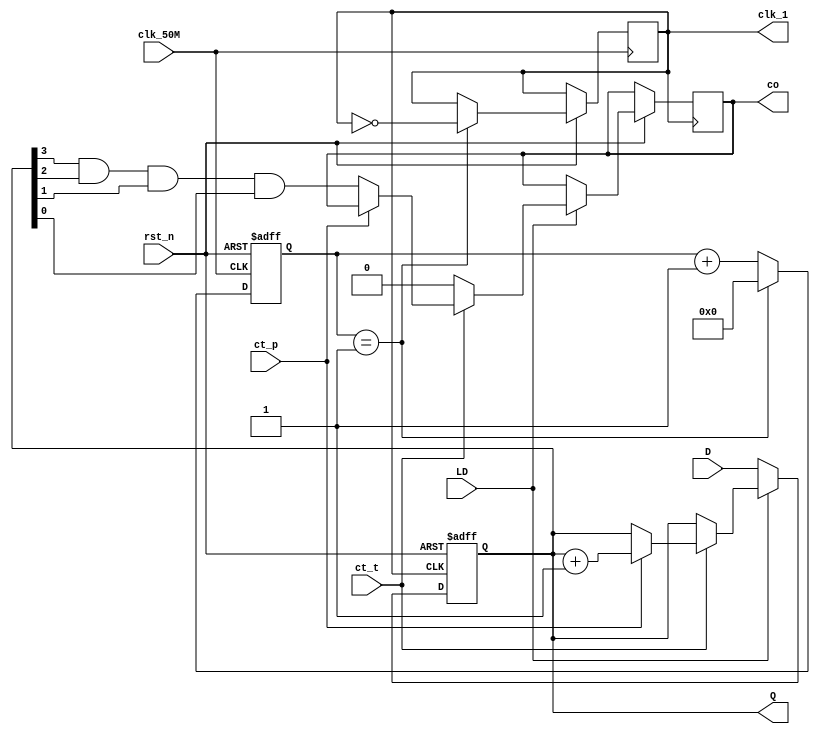
`timescale 1ns / 1ps
//////////////////////////////////////////////////////////////////////////////////
// Company: 
// Engineer: 
// 
// Design Name: 
// Module Name:    count 
// Project Name: 
// Target Devices: 
// Tool versions: 
// Description: 
//
// Dependencies: 
//
// Revision: 
// Revision 0.01 - File Created
// Additional Comments: 
//
//////////////////////////////////////////////////////////////////////////////////
module count(clk_50M, clk_1, rst_n, LD, ct_t, ct_p, D, co, Q
    );
	 input clk_50M, rst_n;//clk_50M50Mhz
	 input LD;//LD0LD1
	 input ct_t, ct_p;//0
	 input [3:0] D;//
	 output reg clk_1 = 0;//1hz
	 output reg [3:0] Q = 4'b0000;//
	 output reg co = 0;//
	 
	 reg [25:0] cnt;
	 
	 parameter TIME = 26'd2;
	 
	 always @(posedge clk_50M or negedge rst_n)//50Mhz1hz
	 begin
		if(!rst_n)
			cnt <= 0;
		else if(cnt == TIME - 1'b1)
		begin
			cnt <= 0;
			clk_1 <= ~clk_1;
		end
		else
			cnt <= cnt + 1'b1;
	 end
	 
	 always @(posedge clk_1 or negedge rst_n)//74LS161
	 begin
		if(!rst_n)
			Q <= 0;
		else if(LD == 0)//LD=0
			Q <= D;
		else if(LD == 1)//LD=1
		begin
			if(!ct_t)
				co <= 0;
			else if(!ct_p)
				co <= Q[3]&Q[2]&Q[1]&Q[0];//
			else 
				Q <= Q + 1;
		end
	 end
	 
endmodule